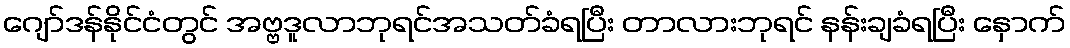
ဂျော်ဒန်နိုင်ငံတွင် အဗ္ဗဒူလာဘုရင်အသတ်ခံရပြီး တာလားဘုရင် နန်းချခံရပြီး နှောက်